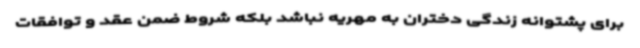
برای پشتوانه زندگی دختران به مهریه نباشد بلکه شروط ضمن عقد و توافقات